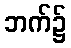
ဘက်၌